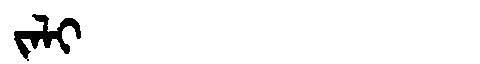
Manchu: ᠵᠠᠯᡳ
Romanization: JALI